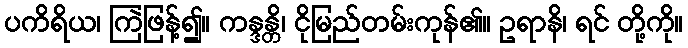
ပကိရိယ၊ ကြဲဖြန့်၍။ ကန္ဒန္တိ၊ ငိုမြည်တမ်းကုန်၏။ ဥရာနိ၊ ရင် တို့ကို။